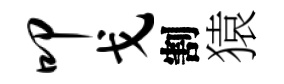
叩戈割猿